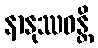
နာနုဿဝန္တိ